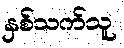
နှစ်သက်သူ